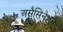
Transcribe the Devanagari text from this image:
असैसिनेशन